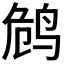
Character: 𱉭